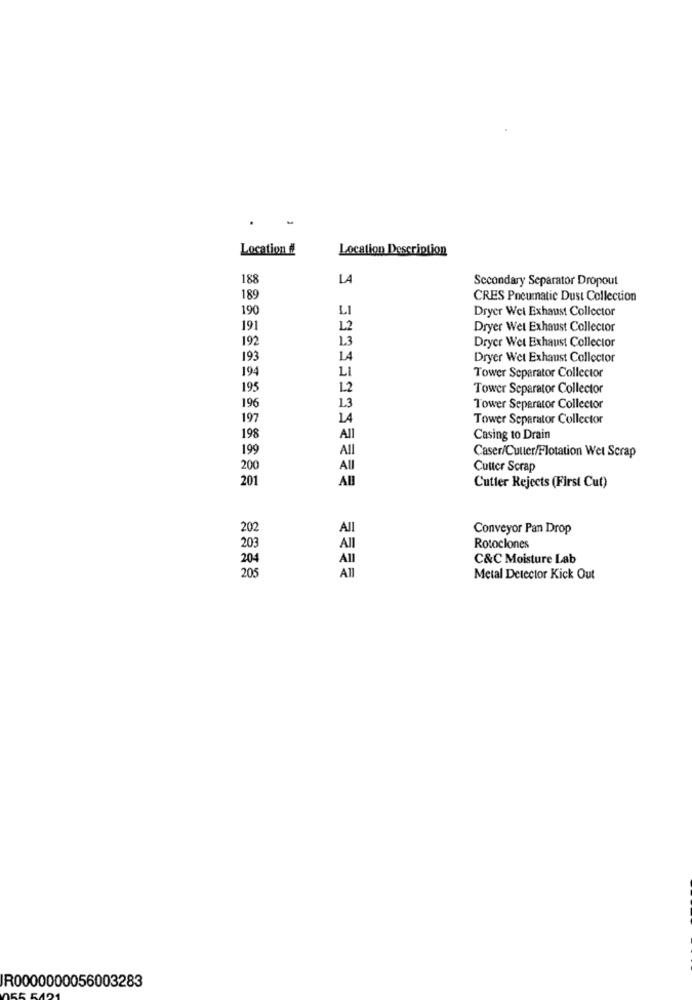
Location ff
Location Description
188
LA
Secondary Separator Dropout
189
CRES Pneumatic Dust Collection
190
Dryer Wel Exhaust Collector
LI
191
L2
Dryer Wet Exhaust Collector
192
1.3
Drycr Wet Exhaust Collector
193
14
Dryer Wet Exhaust Collector
194
LI
Tower Separator Collector
195
1.2
Tower Separator Collector
196
1.3
Tower Separator Collector
197
LA
Tower Separator Collector
198
All
Casing to Drain
199
All
Caser/Cutter/Flotation Wet Scrap
200
All
Cutter Scrap
201
Cutter Rejects (First Cut)
202
All
Conveyor Pan Drop
203
All
Rotoclones
204
All
C&C Moisture Lab
205
All
Metal Detector Kick Out
R0000000056003283